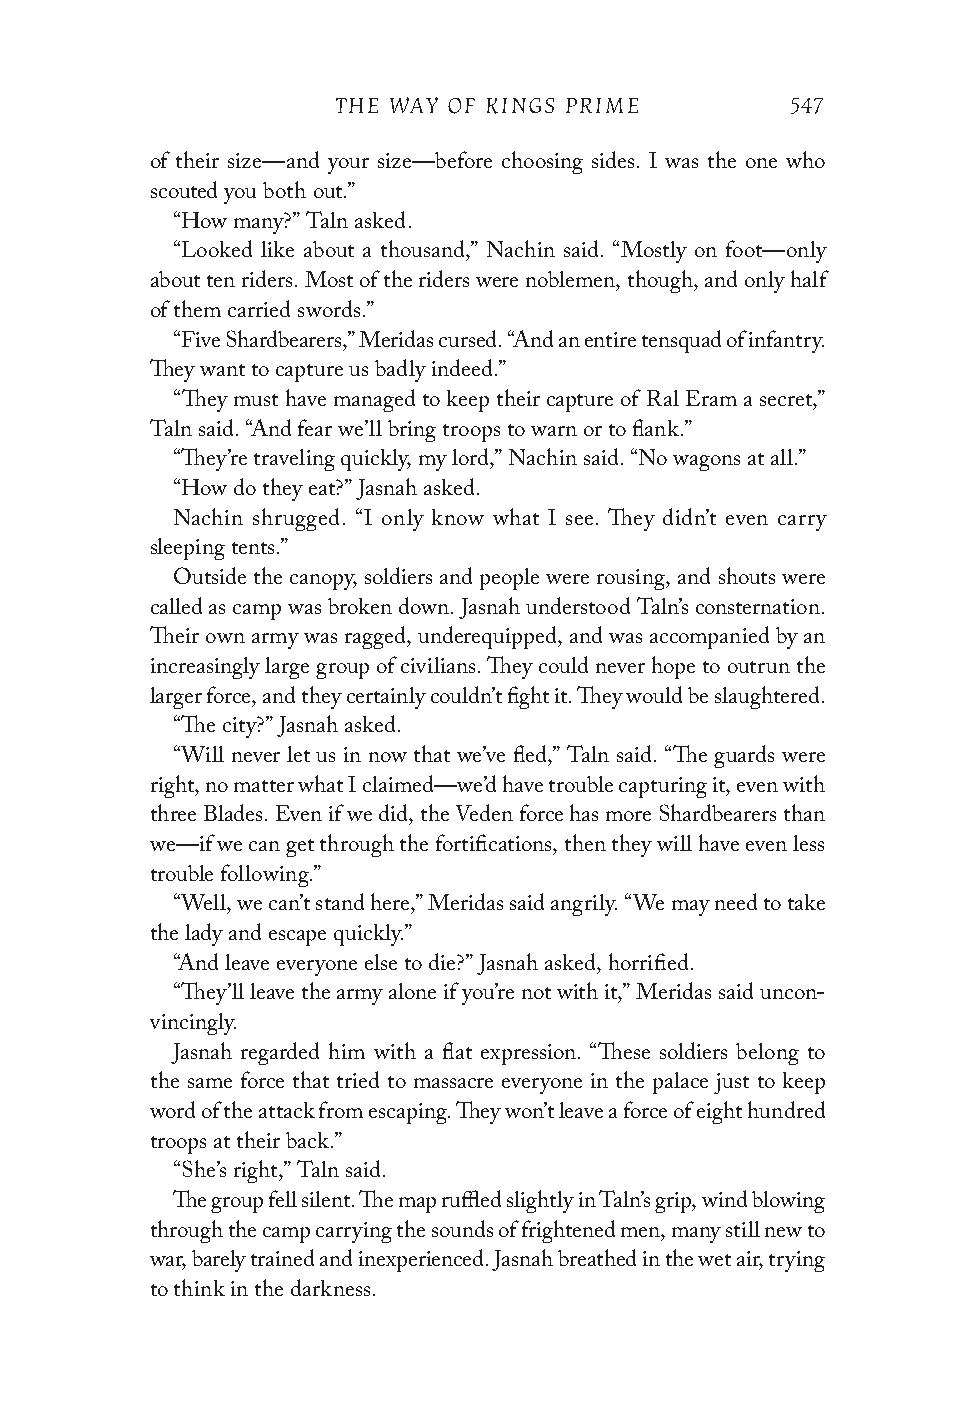
THE WAY OF KINGS PRIME        547
 of their size—and your size—before choosing sides. I was the one who
 scouted you both out.”
 “How many?” Taln asked.
 “Looked like about a thousand,” Nachin said. “Mostly on foot—only
 about ten riders. Most of the riders were noblemen, though, and only half
 of them carried swords.”
 “Five Shardbearers,” Meridas cursed. “And an entire tensquad of infantry.
 They want to capture us badly indeed.”
 “They must have managed to keep their capture of Ral Eram a secret,”
 Taln said. “And fear we’ll bring troops to warn or to flank.”
 “They’re traveling quickly, my lord,” Nachin said. “No wagons at all.”
 “How do they eat?” Jasnah asked.
 Nachin shrugged. “I only know what I see. They didn’t even carry
 sleeping tents.”
 Outside the canopy, soldiers and people were rousing, and shouts were
 called as camp was broken down. Jasnah understood Taln’s consternation.
 Their own army was ragged, underequipped, and was accompanied by an
 increasingly large group of civilians. They could never hope to outrun the
 larger force, and they certainly couldn’t fight it. They would be slaughtered.
 “The city?” Jasnah asked.
 “Will never let us in now that we’ve fled,” Taln said. “The guards were
 right, no matter what I claimed—we’d have trouble capturing it, even with
 three Blades. Even if we did, the Veden force has more Shardbearers than
 we—if we can get through the fortifications, then they will have even less
 trouble following.”
 “Well, we can’t stand here,” Meridas said angrily. “We may need to take
 the lady and escape quickly.”
 “And leave everyone else to die?” Jasnah asked, horrified.
 “They’ll leave the army alone if you’re not with it,” Meridas said uncon-
 vincingly.
 Jasnah regarded him with a flat expression. “These soldiers belong to
 the same force that tried to massacre everyone in the palace just to keep
 word of the attack from escaping. They won’t leave a force of eight hundred
 troops at their back.”
 “She’s right,” Taln said.
 The group fell silent. The map ruffled slightly in Taln’s grip, wind blowing
 through the camp carrying the sounds of frightened men, many still new to
 war, barely trained and inexperienced. Jasnah breathed in the wet air, trying
 to think in the darkness.